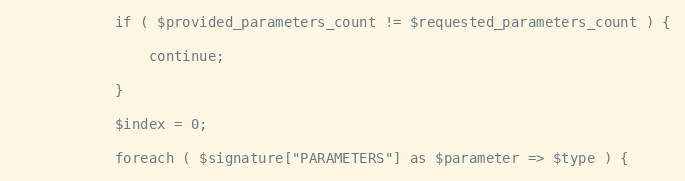
Language: PHP
            if ( $provided_parameters_count != $requested_parameters_count ) {

                continue;

            }

            $index = 0;

            foreach ( $signature["PARAMETERS"] as $parameter => $type ) {